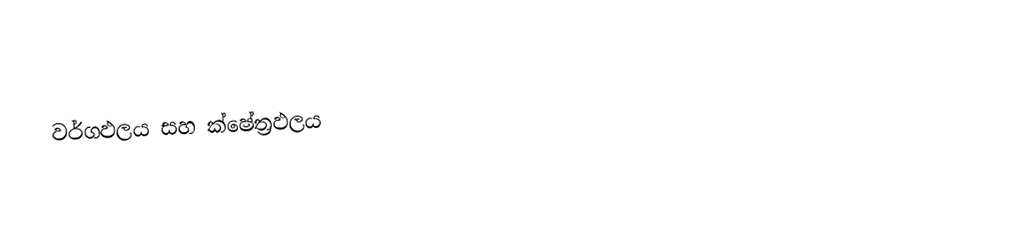
වර්ගඵලය සහ ක්ෂේත්‍රඵලය